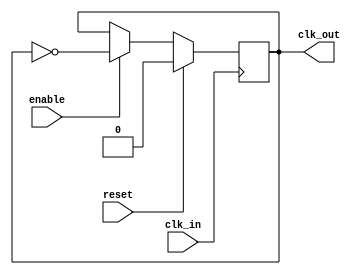
//-----------------------------------------------------
// Design Name : clk_div
// Function    : Divide by two counter
// Coder       : Deepak Kumar Tala
//-----------------------------------------------------

module clk_div (clk_in, enable,reset, clk_out);
 // --------------Port Declaration----------------------- 
 input               clk_in                   ;
 input               reset                    ;
 input               enable                   ;
 output              clk_out                  ;
 //--------------Port data type declaration-------------
 wire                 clk_in                  ;
 wire                 enable                  ;
//--------------Internal Registers----------------------
reg                   clk_out                 ;
//--------------Code Starts Here----------------------- 
always @ (posedge clk_in) 
if (reset) begin 
  clk_out <= 1'b0;
end else if (enable) begin
  clk_out <= !clk_out ; 
end

endmodule